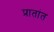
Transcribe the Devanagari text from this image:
प्रातांत